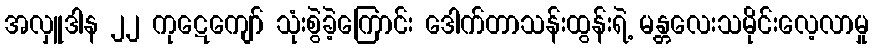
အလှူဒါန ၂၂ ကုဋေကျော် သုံးစွဲခဲ့ကြောင်း ဒေါက်တာသန်းထွန်းရဲ့ မန္တလေးသမိုင်းလေ့လာမှု